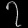
Digit: ၇